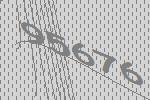
95676